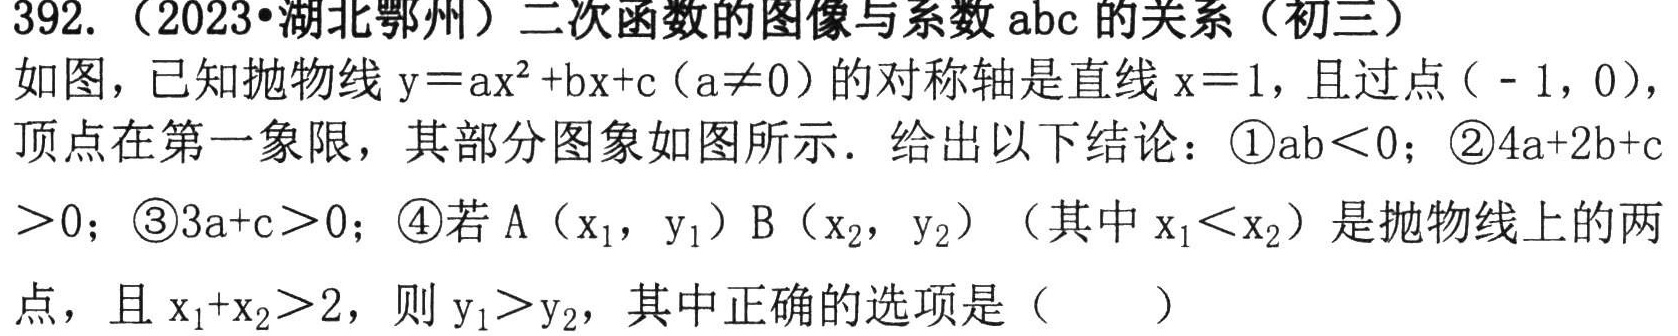
392. （2023·湖北鄂州）二次函数的图像与系数\(abc\)的关系（初三）
如图，已知抛物线\(y = ax^{2}+bx + c(a\neq0)\)的对称轴是直线\(x = 1\)，且过点\(( - 1,0)\)，顶点在第一象限，其部分图象如图所示．给出以下结论：\textcircled{1}\(ab\lt0\)；\textcircled{2}\(4a + 2b + c\gt0\)；\textcircled{3}\(3a + c\gt0\)；\textcircled{4}若\(A(x_{1},y_{1})\) \(B(x_{2},y_{2})\)（其中\(x_{1}\lt x_{2}\)）是抛物线上的两点，且\(x_{1}+x_{2}\gt2\)，则\(y_{1}\gt y_{2}\)，其中正确的选项是（  ）